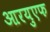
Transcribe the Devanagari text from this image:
आरयुएफ